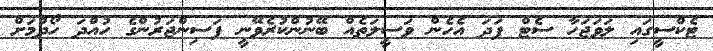
ޓެކްސީގައި ލަވަޖަހާ ސެޓް ފަދަ އެހެން ވަސީލަތެއް ބޭނުންކުރެވޭނީ ފަސިންޖަރުންގެ ހުއްދަ ހޯދުމަށް